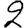
Digit: 2